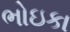
ભોઇકા